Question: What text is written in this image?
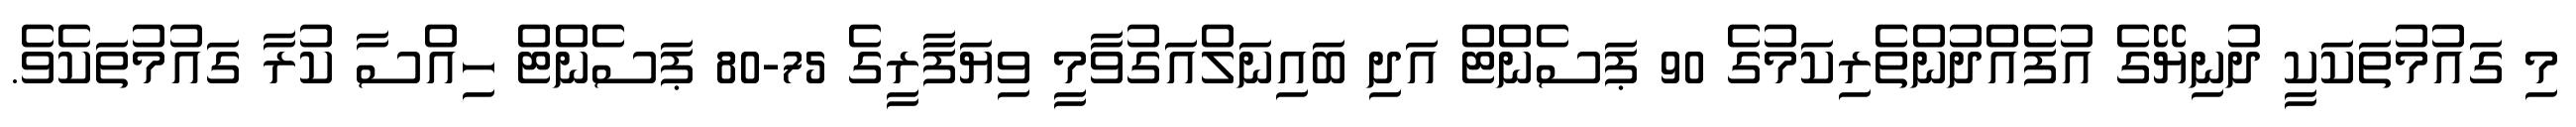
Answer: މި ގައުމުތަކަކީ ދުނިޔޭގެ އުފެއްދުންތެރިކަމުގެ 90 ޕަސެންޓް އަދި ބައިނަލްއަގުވާމީ ވިޔަފާރީގެ 75-80 ޕަސެންޓް ހިއްސާ ކުރާ ގައުމުތަކެވެ.